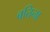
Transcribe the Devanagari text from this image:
बतिना